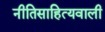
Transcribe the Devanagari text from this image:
नीतिसाहित्यवाली